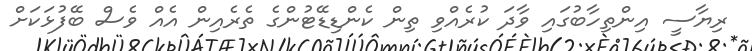
ރިޔާސީ އިންތިހާބުގައި ވާދަ ކުރެއްވި ތިން ކެންޑިޑޭޓުންގެ ތެރެއިން އެއް ވެސް ބޭފުޅަކަށް